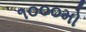
૧૦૦૦મો